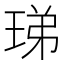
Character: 珶